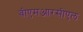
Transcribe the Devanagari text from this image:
बीएमआरसीएल